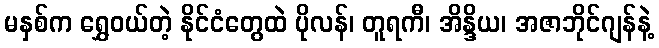
မနှစ်က ရွှေဝယ်တဲ့ နိုင်ငံတွေထဲ ပိုလန်၊ တူရကီ၊ အိန္ဒိယ၊ အဇာဘိုင်ဂျန်နဲ့